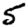
Digit: 5